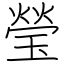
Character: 瑩